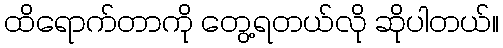
ထိရောက်တာကို တွေ့ရတယ်လို ဆိုပါတယ်။